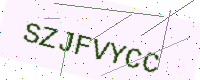
Text: SZJFVYCC